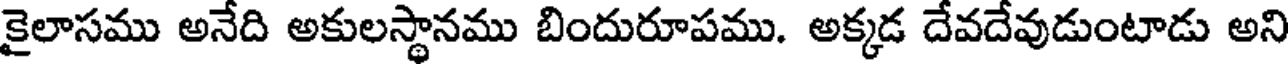
కైలాసము అనేది అకులస్థానము బిందురూపము. అక్కడ దేవదేవుడుంటాడు అని